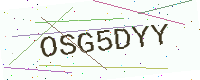
Text: OSG5DYY